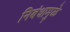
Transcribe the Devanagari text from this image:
निबंधामुळे